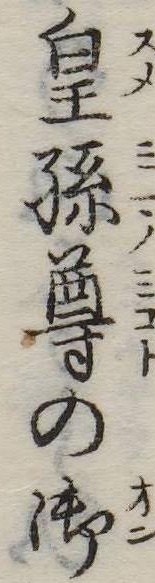
皇孫尊の御